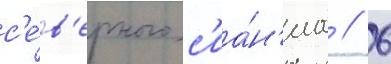
с'е́в'ерного с'иа́н'иа // 6